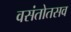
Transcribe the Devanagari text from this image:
वसंतोतसव